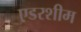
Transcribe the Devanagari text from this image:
एडरशीम